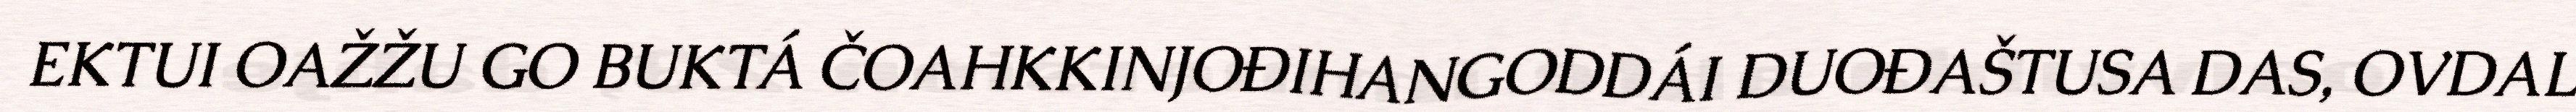
EKTUI OAŽŽU GO BUKTÁ ČOAHKKINJOĐIHANGODDÁI DUOĐAŠTUSA DAS, OVDAL